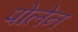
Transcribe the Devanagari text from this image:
पोलेन